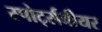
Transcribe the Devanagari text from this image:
स्पोर्ट्सवीयर